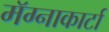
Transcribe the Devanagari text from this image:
मॅग्नाकार्टा